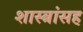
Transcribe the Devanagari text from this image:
शास्त्रांसह